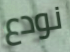
نودع